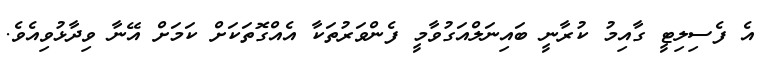
އެ ފެސިލިޓީ ގާއިމު ކުރާނީ ބައިނަލްއަގުވާމީ ފެންވަރުތަކާ އެއްގޮތަކަށް ކަމަށް އޭނާ ވިދާޅުވިއެވެ.